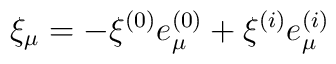
\xi_\mu=-\xi^{(0)}e^{(0)}_\mu+\xi^{(i)}e^{(i)}_\mu